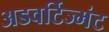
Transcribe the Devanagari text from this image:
अडवर्टिज्मंट